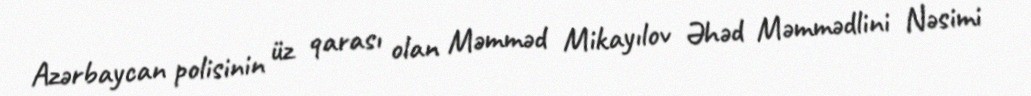
Azərbaycan polisinin üz qarası olan Məmməd Mikayılov Əhəd Məmmədlini Nəsimi